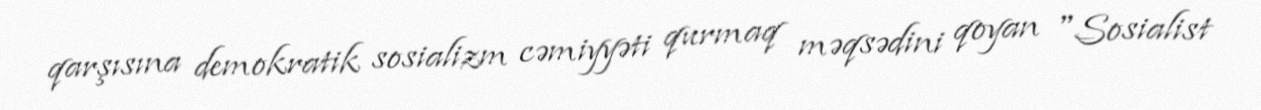
qarşısına demokratik sosializm cəmiyyəti qurmaq məqsədini qoyan "Sosialist